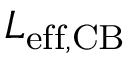
L _ { \mathrm { e f f , C B } }